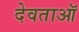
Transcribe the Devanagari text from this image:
देवताऑ